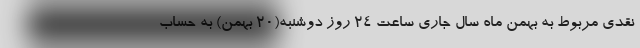
نقدی مربوط به بهمن ماه سال جاری ساعت ۲۴ روز دوشنبه(۲۰ بهمن) به حساب